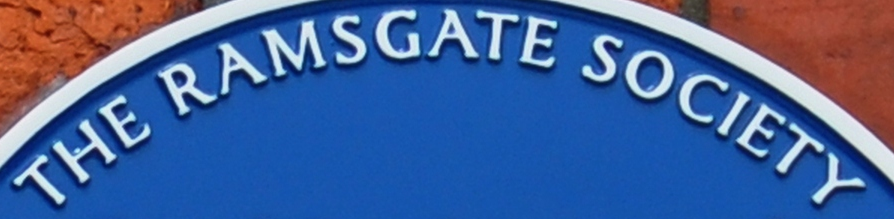
THE RAMSGATE SOCIETY